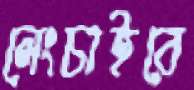
লেংচাইবে